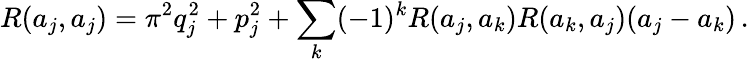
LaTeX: R(a_{j},a_{j})=\pi^{2}q_{j}^{2}+p_{j}^{2}+\sum_{k}(-1)^{k}R(a_{j},a_{k})R(a_{k},a_{j})(a_{j}-a_{k})\, .